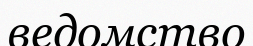
ведомство